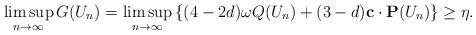
LaTeX: \begin{align*}\limsup_{n\rightarrow \infty}G(U_n)=\limsup_{n\rightarrow \infty}\left\{(4-2d)\omega Q(U_n)+(3-d)\mathbf{c}\cdot \mathbf{P}(U_n)\right\}\ge \eta.\end{align*}